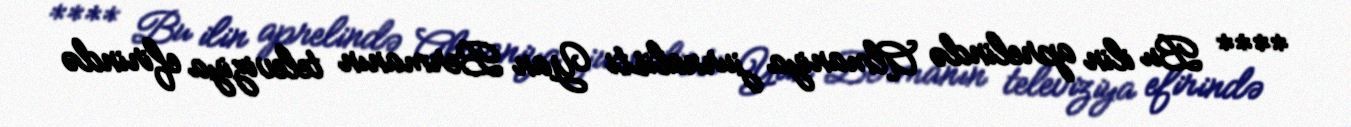
**** Bu ilin aprelində Almaniya jurnalisti Yan Bermanın televiziya efirində